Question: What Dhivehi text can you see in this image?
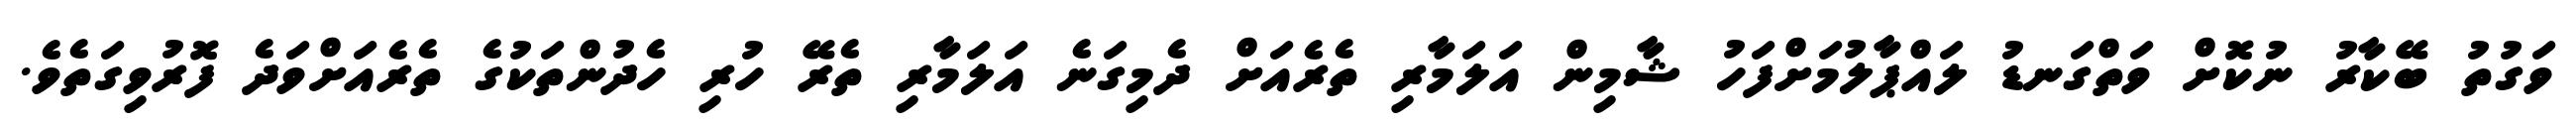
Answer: ވަގުތު ބޭކާރު ނުކޮށް ވަތްގަނޑު ލައްޕާލުމަށްފަހު ޝާމިން އަލަމާރި ތެރެއަށް ދެމިގަނެ އަލަމާރި ތެރޭ ހުރި ހެދުންތަކުގެ ތެރެއަށްވަދެ ފޮރުވިގަތެވެ.